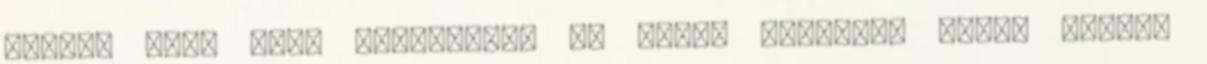
inkább azt, hogy alakítsunk ki olyan tereket, ahová vissza